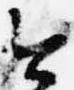
今